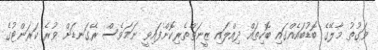
ވަގުތު މާލޭގެ ބޮޑުބައެއްގައި ބޮކިތައް ދިއްލައި ޒީނަތްތެރިކޮށްފައިވީ ނަމަވެސް ރޭގަނޑަށް ވުރެ ކަރަންޓުގެ